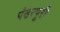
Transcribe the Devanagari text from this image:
पंढरपूरी